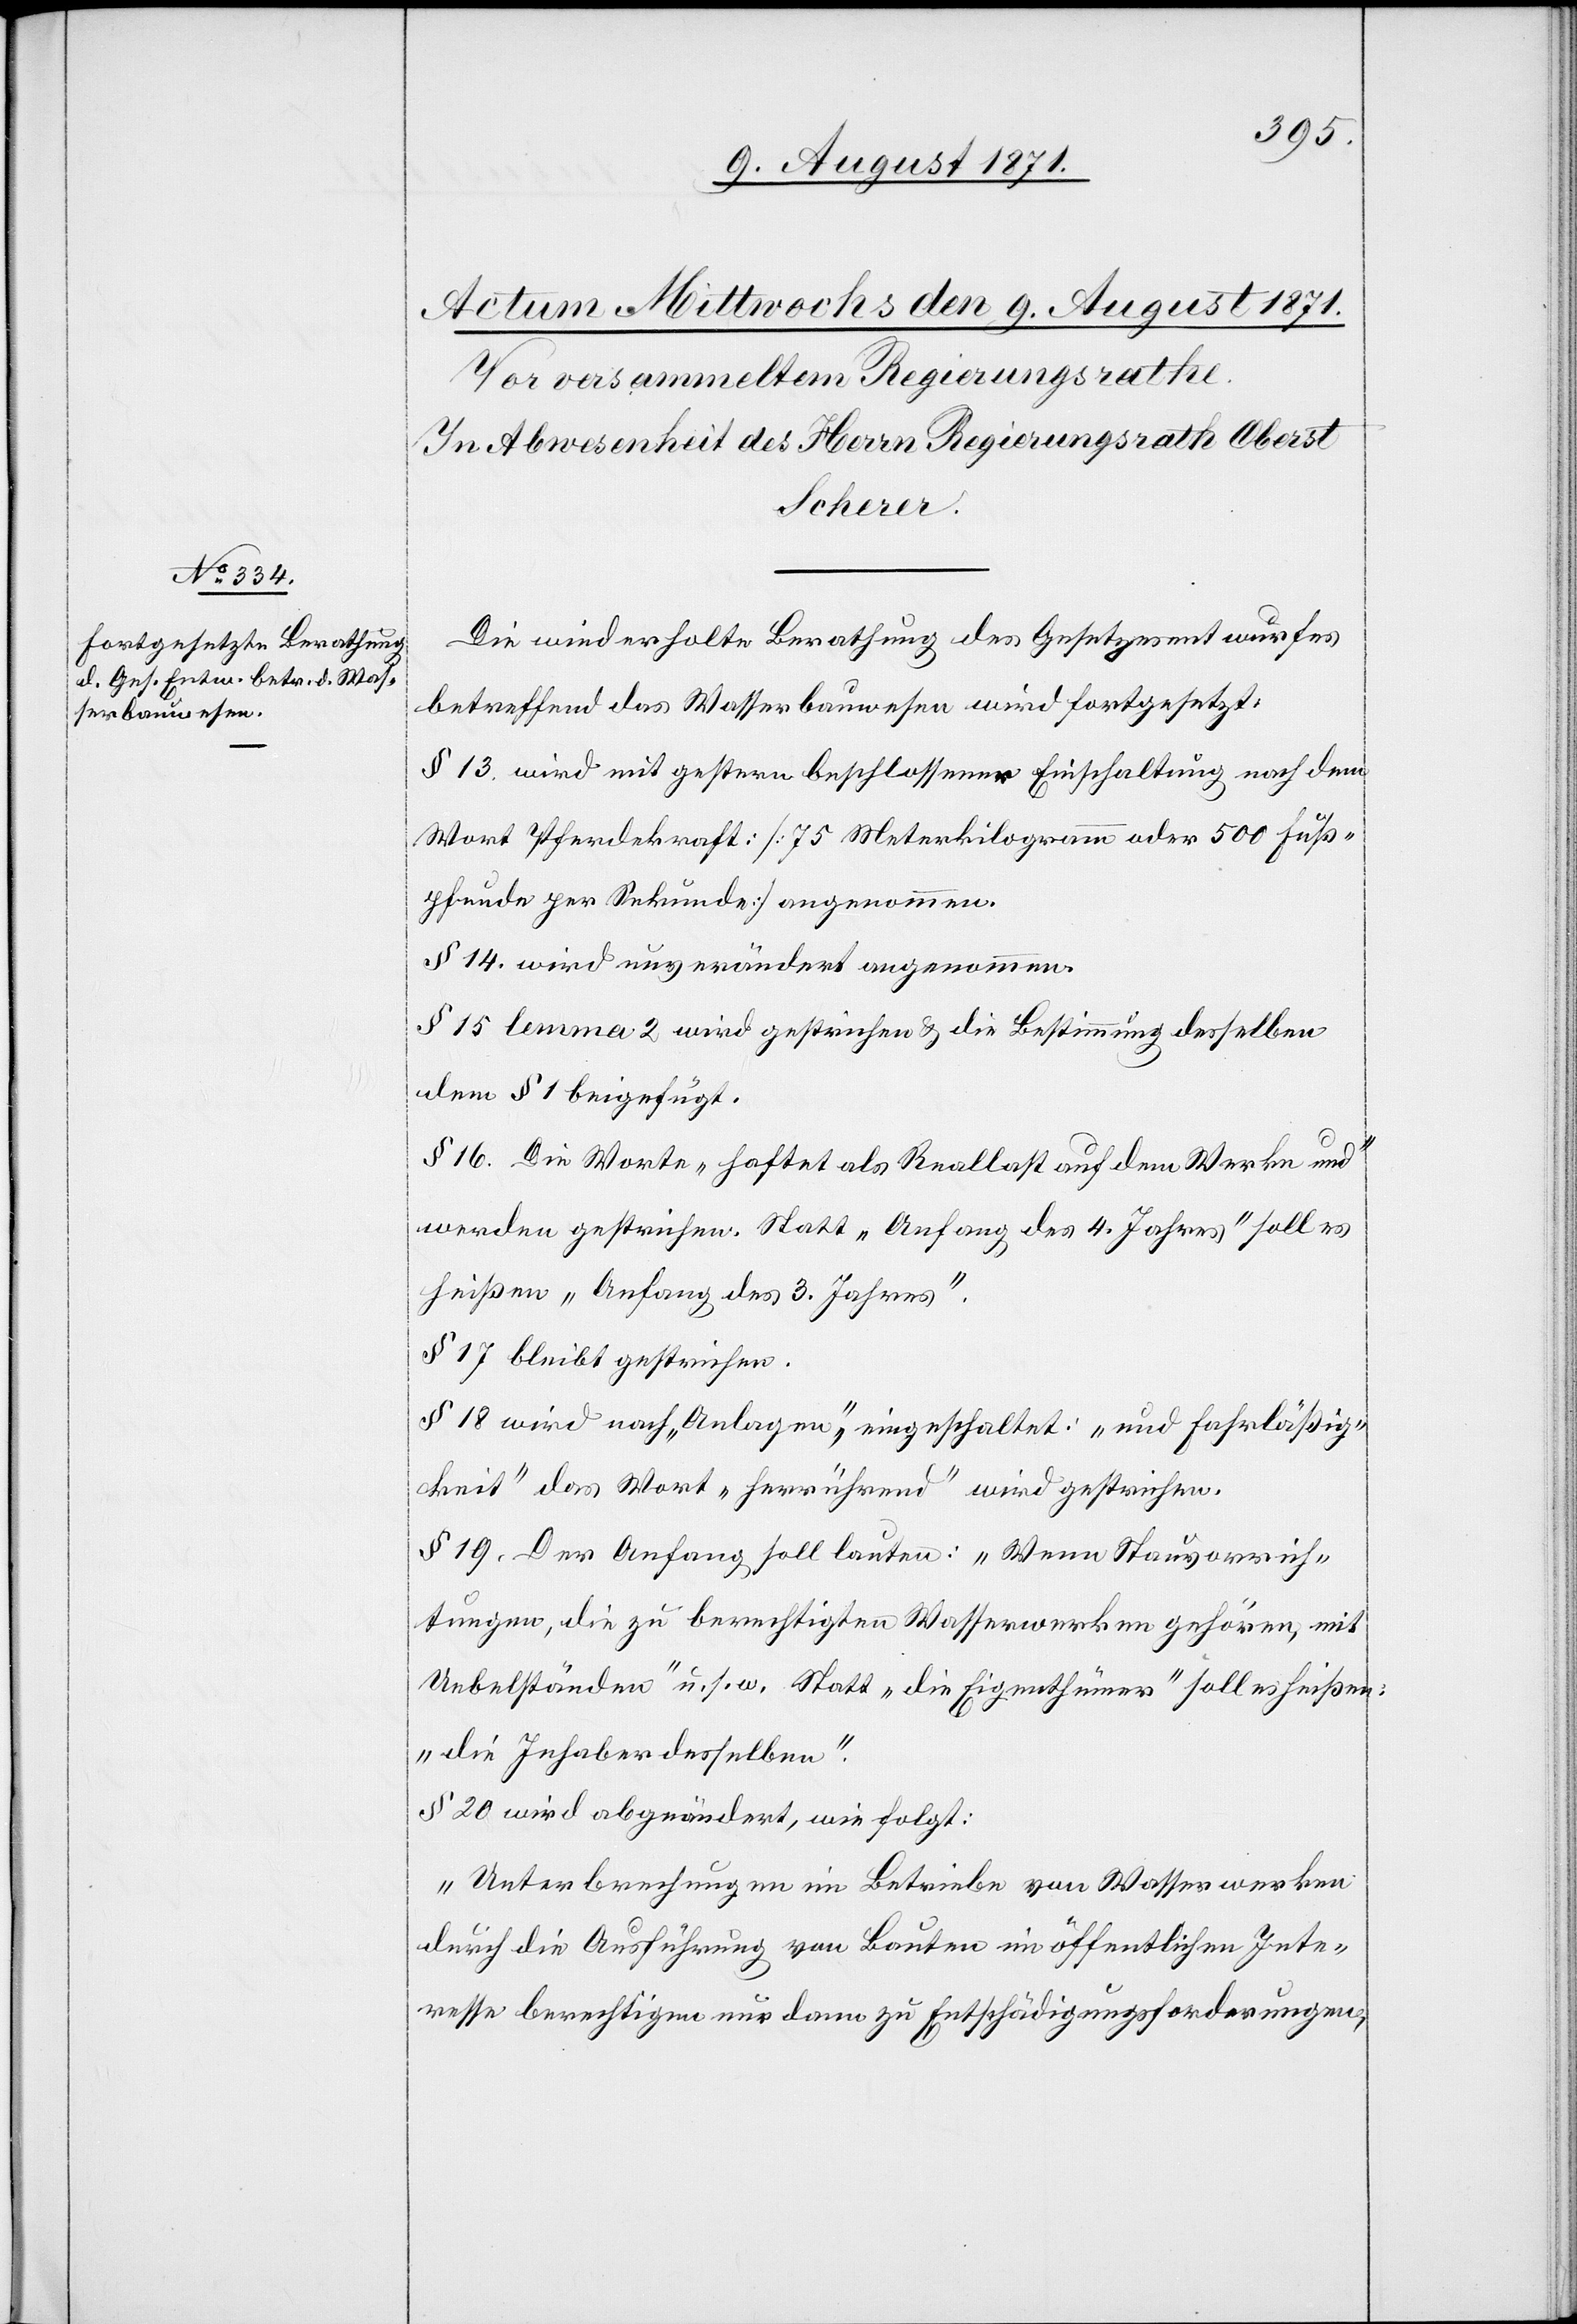
Die wiederholte Berathung des Gesetzesentwurfes
betreffend das Wasserbauwesen wird fortgesetzt.
§ 13. wird mit gestern beschlossener Einschaltung nach dem
Wort Pferdekraft: [75 Meterkilogramm oder 500 Fuß¬
pfunde per Sekunde] angenommen.
§ 14. wird unverändert angenommen.
§ 15 lemma 2 wird gestrichen & die Bestimmung desselben
dem § 1 beigefügt.
§ 16. Die Worte „haftet als Reallast auf dem Werke und“
werden gestrichen. Statt „Anfang des 4. Jahres“ soll es
heißen „Anfang des 3. Jahres“.
§ 17 bleibt gestrichen.
§ 18 wird nach „Anlagen“, eingeschaltet: „und Fahrläßig¬
keit“[,] das Wort „herrührend“ wird gestrichen.
§ 19. Der Anfang soll lauten: „Wenn Stauvorrich¬
tungen, die zu berechtigten Wasserwerken gehören, mit
Uebelständen“ u.s.w. Statt „die Eigenthümer“ soll es heißen:
„die Inhaber desselben“.
§ 20 wird abgeändert, wie folgt:
„Unterbrechungen im Betriebe von Wasserwerken
durch die Ausführung von Bauten im öffentlichen Inte¬
resse berechtigen nur dann zu Entschädigungsforderungen,